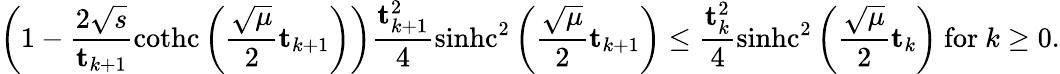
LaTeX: \left(1-\frac{2\sqrt{s}}{\mathbf{t}_{k+1}}\operatorname{cothc}\left(\frac{\sqrt{\mu}}{2}\mathbf{t}_{k+1}\right)\right)\frac{\mathbf{t}_{k+1}^{2}}{4}\operatorname{sinhc}^{2}\left(\frac{\sqrt{\mu}}{2}\mathbf{t}_{k+1}\right)\leq\frac{\mathbf{t}_{k}^{2}}{4}\operatorname{sinhc}^{2}\left(\frac{\sqrt{\mu}}{2}\mathbf{t}_{k}\right)\mathrm{~for~}k\geq 0.